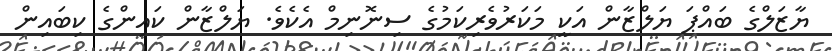
ޔާޒަލްގެ ބައްޕަ ޔަލްޒާން އަކީ މަކަރުވެރިކަމުގެ ސިނޮނިމް އެކެވެ. ޔަލްޒާން ކައިންގެ ކިބައިން